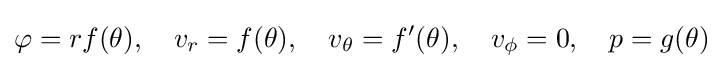
\varphi =rf(\theta ),\quad v_{r}=f(\theta ),\quad v_{\theta }=f'(\theta ),\quad v_{\phi }=0,\quad p=g(\theta )